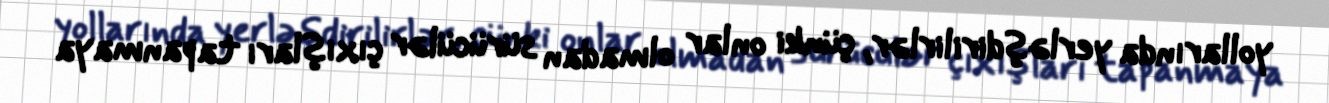
yollarında yerləşdirilirlər, çünki onlar olmadan sürücülər çıxışları tapanmaya